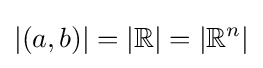
|(a,b)|=|\mathbb {R} |=|\mathbb {R} ^{n}|